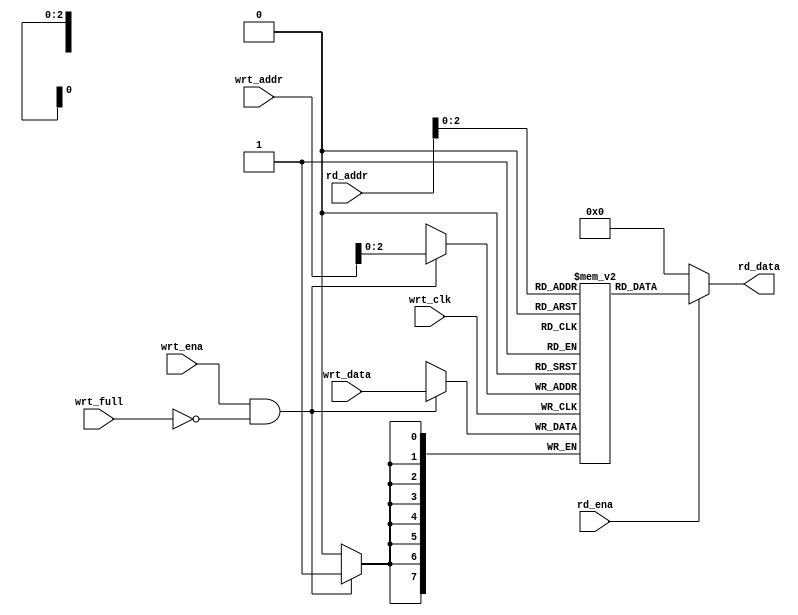
module fifo_mem #(parameter DATA_WIDTH = 8,
		  parameter ADDR_SIZE  = 4)
(output reg [DATA_WIDTH-1:0] rd_data,
 input                   rd_ena,
 input 			 wrt_clk,
 input  [DATA_WIDTH-1:0] wrt_data,
 input  [ADDR_SIZE-1:0]  wrt_addr,rd_addr,
 input  		 wrt_ena,wrt_full);
 
 localparam DEPTH = (ADDR_SIZE<<1);
 reg [DATA_WIDTH-1:0] mem [0:DEPTH-1];
 
 always@(posedge wrt_clk) begin
	if(wrt_ena & !wrt_full) 
		mem[wrt_addr] <= wrt_data;
 end

assign rd_data = rd_ena?mem[rd_addr]:0;

endmodule